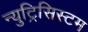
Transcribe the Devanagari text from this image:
न्युट्रिसिस्टम